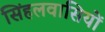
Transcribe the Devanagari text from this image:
सिंहलवासियों